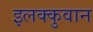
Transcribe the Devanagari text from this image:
इलक्कुवान